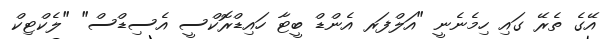
އޭގެ ތެރޭ ގައި ހިމެނެނީ "އަލްފަރ އެންޑް ބީޓާ ހައިޑްރޮކްސީ އެސިޑްސް" "ލެކްޓިކް